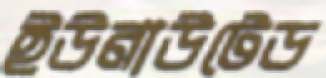
ইউনাউটেড